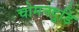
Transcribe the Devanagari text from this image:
चोमनदुडि